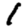
Digit: 1